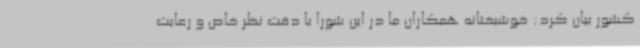
کشور بیان کرد: خوشبختانه همکاران ما در این شورا با دقت نظر خاص و رعایت